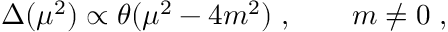
\Delta ( \mu ^ { 2 } ) \propto \theta ( \mu ^ { 2 } - 4 m ^ { 2 } ) \; , \qquad m \ne 0 \; ,